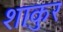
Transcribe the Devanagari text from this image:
शाकुर